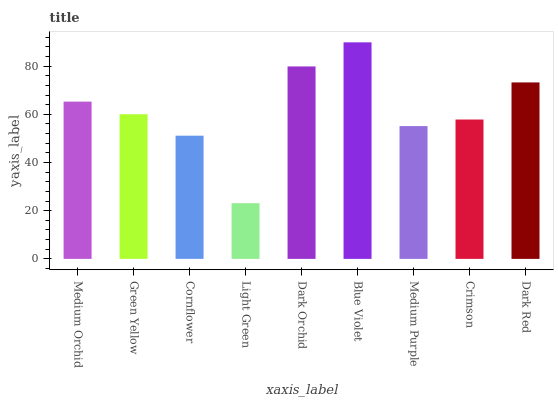
| xaxis_label | bars |
 | --- | --- |
 | Medium Orchid | 65.3 |
 | Green Yellow | 60.1 |
 | Cornflower | 51.1 |
 | Light Green | 23.1 |
 | Dark Orchid | 79.9 |
 | Blue Violet | 89.9 |
 | Medium Purple | 55.1 |
 | Crimson | 57.9 |
 | Dark Red | 73.3 |